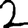
Digit: 2